First report of the anti-malarial operations at Mian Mir, 1901-1903 - Number 6
Year: 1901
Disease focus: Malaria
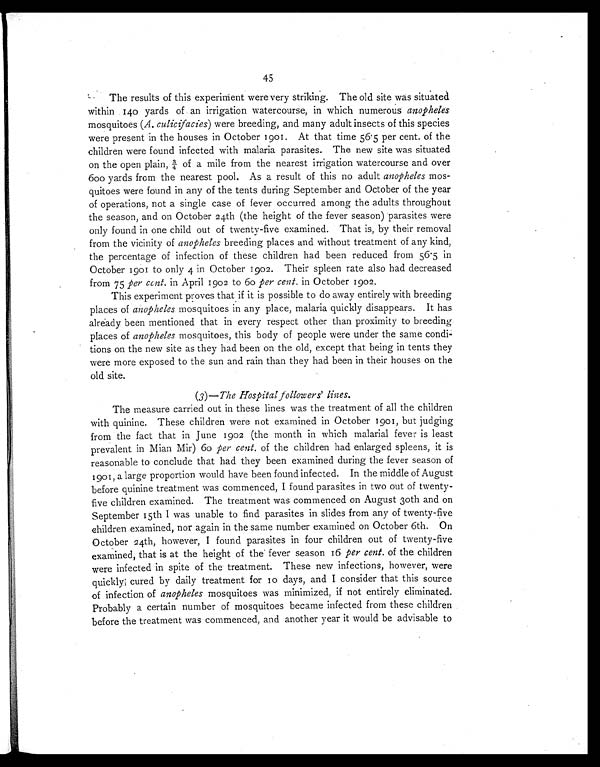
45
.
The results of this experiment were very striking. The old site was situated
within 140 yards of an irrigation watercourse, in which numerous anopheles
mosquitoes (A. culicifacies) were breeding, and many adult insects of this species
were present in the houses in October 1901. At that time 56.5 per cent. of the
children were found infected with malaria parasites. The new site was situated
on t he open pl ai n, ¾ of a mi l e f r om t he near est i r r i gat i on wat er cour se and over
600 yards from the nearest pool. As a result of this no adult anopheles mos-
quitoes were found in any of the tents during September and October of the year
of operations, not a single case of fever occurred among the adults throughout
the season, and on October 24th (the height of the fever season) parasites were
only found in one child out of twenty-five examined. That is, by their removal
from the vicinity of anopheles breeding places and without treatment of any kind,
the percentage of infection of these children had been reduced from 56.5 in
October 1901 to only 4 in October 1902. Their spleen rate also had decreased
from 75 per cent. in April 1902 to 60 per cent. in October 1902.
This experiment proves that if it is possible to do away entirely with breeding
places of anopheles mosquitoes in any place, malaria quickly disappears. It has
already been mentioned that in every respect other than proximity to breeding
places of anopheles mosquitoes, this body of people were under the same condi-
tions on the new site as they had been on the old, except that being in tents they
were more exposed to the sun and rain than they had been in their houses on the
old site.
(3)—The Hospital followers' lines.
The measure carried out in these lines was the treatment of all the children
with quinine. These children were not examined in October 1901, but judging
from the fact that in June 1902 (the month in which malarial fever is least
prevalent in Mian Mir) 60 per cent. of the children had enlarged spleens, it is
reasonable to conclude that had they been examined during the fever season of
901, a large proportion would have been found infected. In the middle of August
before quinine treatment was commenced, I found parasites in two out of twenty-
five children examined. The treatment was commenced on August 30th and on
September 15th I was unable to find parasites in slides from any of twenty-five
children examined, nor again in the same number examined on October 6th. On
October 24th, however, I found parasites in four children out of twenty-five
examined, that is at the height of the fever season 16 per cent. of the children
were infected in spite of the treatment. These new infections, however, were
quickly cured by daily treatment for 10 days, and I consider that this source
of infection of anopheles mosquitoes was minimized, if not entirely eliminated.
Probably a certain number of mosquitoes became infected from these children
before the treatment was commenced, and another year it would be advisable to